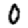
Digit: 0